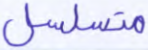
متسلسل